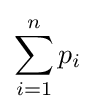
\sum \limits _{i=1}^{n}p_{i}